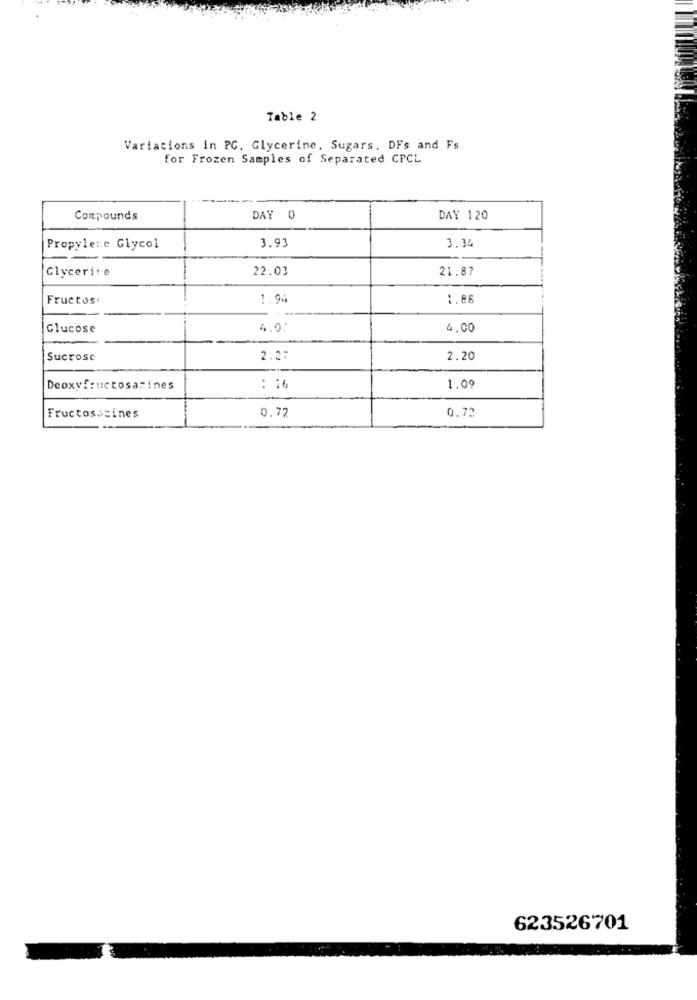
Table 2
Variations in PC, Glycerine, Sugars. DFs and Fs
for Frozen Samples of Separated CPCL
Compounds
DAY 0
DAY 120
3.93
Propylene Glycol
3.34
Glycerine
22.03
21.87
Fructos
1.94
:. 86
Glucose
4.0:
4.00
Sucrose
2.2:
2.20
Deoxyfructosamines
: 16
1.09
0.72
0.72
Fructosasines
623526701